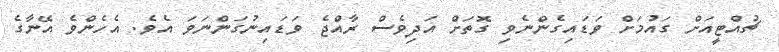
ޗުއްޓީއަށް ގައުމަށް ވަޑައިގެންނެވި ގޮތަށް އަދިވެސް ރާއްޖެ ވަޑައިނުގަންނަވަ އެވެ. އެހެންވެ އޭނާގެ